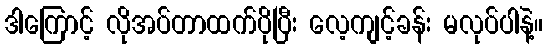
ဒါကြောင့် လိုအပ်တာထက်ပိုပြီး လေ့ကျင့်ခန်း မလုပ်ပါနဲ့။